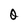
Character: O